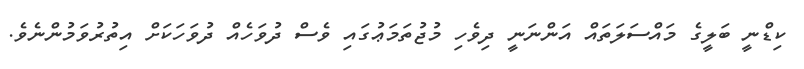
ކިޑްނީ ބަލީގެ މައްސަލަތައް އަންނަނީ ދިވެހި މުޖުތަމަޢުގައި ވެސް ދުވަހެއް ދުވަހަކަށް އިތުރުވަމުންނެވެ.